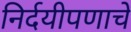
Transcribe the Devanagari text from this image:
निर्दयीपणाचे